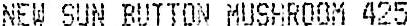
NEW SUN BUTTON MUSHROOM 425